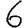
Digit: 6